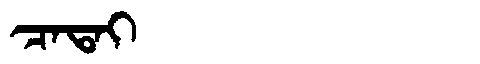
Manchu: ᠴᠠᡨᠠᡳ
Romanization: CATAI